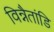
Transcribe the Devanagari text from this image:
विन्नैतांडि